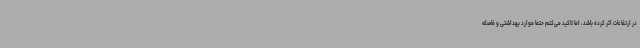
در ارتفاعات اثر کرده باشد، اما تاکید می‌کنم حتما موارد بهداشتی و فاصله